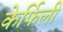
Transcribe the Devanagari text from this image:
केर्फिली